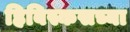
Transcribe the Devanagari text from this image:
हिबिस्कसच्या